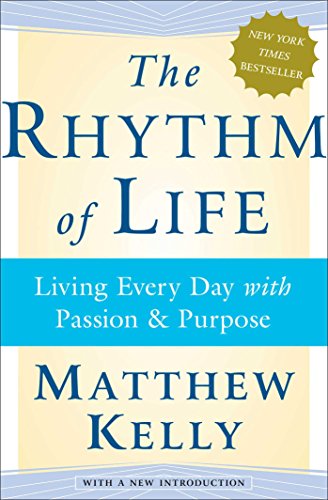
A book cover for The Rhythm of Life: Living Every Day with Passion and Purpose; Matthew Kelly; Christian Books & Bibles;